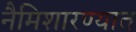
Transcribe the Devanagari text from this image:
नैमिशारण्यात